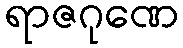
ရာဇဂုဏေ